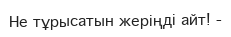
Не тұрысатын жеріңді айт! -